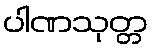
ပါဏသုတ္တ